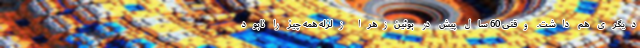
دیگری هم داشت. وقتی 60 سال پیش در بوئین‌زهرا زلزله همه چیز را نابود